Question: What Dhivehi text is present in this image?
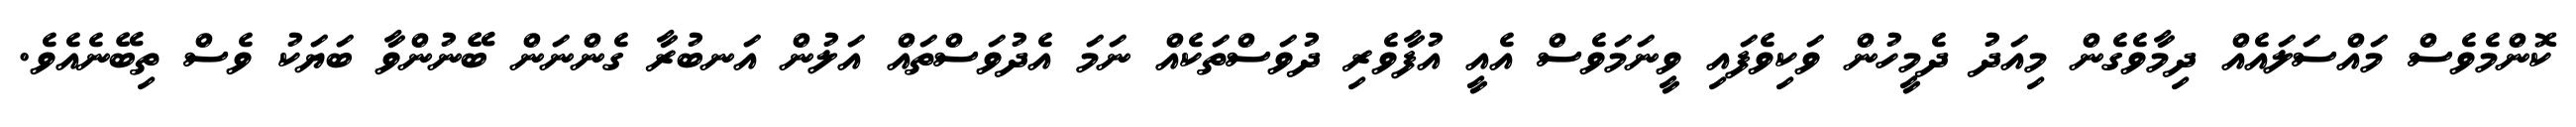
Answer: ކޮންމެވެސް މައްސަލައެއް ދިމާވެގެން މިއަދު ދެމީހުން ވަކިވެފައި ވީނަމަވެސް އެއީ އުފާވެރި ދުވަސްތަކެއް ނަމަ އެދުވަސްތައް އަލުން އަނބުރާ ގެންނަން ބޭނުންވާ ބަޔަކު ވެސް ތިބޭނެއެވެ.